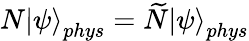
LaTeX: N\left|\psi\right\rangle_{phys}=\widetilde{N}\left|\psi\right\rangle_{phys}